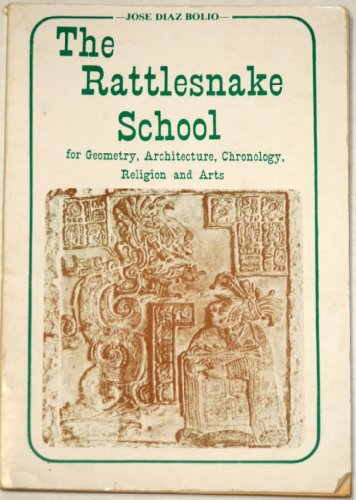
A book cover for The rattlesnake school for geometry, architecture, chronology, religion and arts; Jose Diaz Bolio; History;